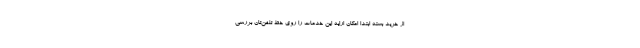
از خرید بسته ابتدا امکان ارایه این خدمات را روی خط تلفن‌تان بررسی